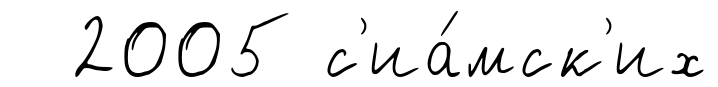
2005 с'иа́мск'их